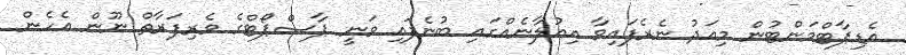
އެޑިޕާޓްމަންޓުން މިއަދު ނެރެފައިވާ އިއުލާނެއްގައި ބުނެފައި ވަނީ ޕާސްޕޯޓްގެ ވެރިފަރާތް ނޫން އެހެން